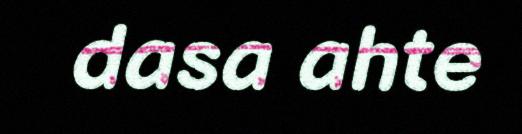
dasa ahte